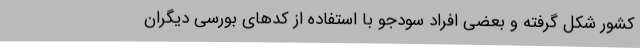
کشور شکل گرفته و بعضی افراد سودجو با استفاده از کدهای بورسی دیگران